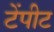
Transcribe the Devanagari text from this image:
टेंपीट